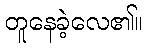
တူနေခဲ့လေ၏။